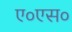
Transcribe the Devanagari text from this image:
ए०एस०